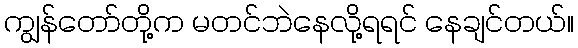
ကျွန်တော်တို့က မတင်ဘဲနေလို့ရရင် နေချင်တယ်။